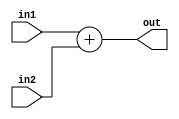
`timescale 1ns / 1ns
//////////////////////////////////////////////////////////////////////////////////
// Company: 
// Engineer: 
// 
// Design Name: 
// Module Name:    Increment 
// Project Name: 
// Target Devices: 
// Tool versions: 
// Description: 
//
// Dependencies: 
//
// Revision: 
// Revision 0.01 - File Created
// Additional Comments: 
//
//////////////////////////////////////////////////////////////////////////////////
module Increment(
	input [31:0] in1,
	input [31:0] in2,
	output [31:0] out
   );

	assign out = in1 + in2;

endmodule